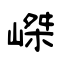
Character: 嵥